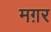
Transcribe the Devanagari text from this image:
मग़र